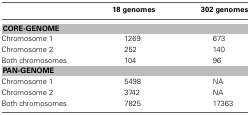
|  | 18 genomes | 302 genomes |
 | --- | --- | --- |
 | <COLSPAN=3> CORE-GENOME |
 | Chromosome 1 | 1269 | 673 |
 | Chromosome 2 | 252 | 140 |
 | Both chromosomes | 104 | 96 |
 | <COLSPAN=3> PAN-GENOME |
 | Chromosome 1 | 5498 | NA |
 | Chromosome 2 | 3742 | NA |
 | Both chromosomes | 7825 | 17363 |